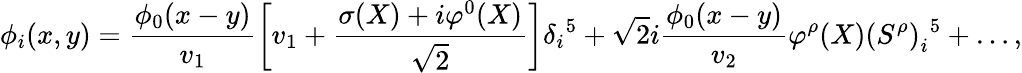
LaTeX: \phi_{i}(x,y)=\frac{\phi_{0}(x-y)}{v_{1}}\left[v_{1}+\frac{\sigma(X)+i\varphi^{0}(X)}{\sqrt{2}}\right]\delta_{i}{}^{5}+\sqrt{2}i\frac{\phi_{0}(x-y)}{v_{2}}\varphi^{\rho}(X)\left(S^{\rho}\right)_{i}{}^{5}+\ldots,